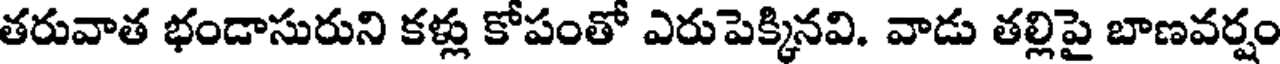
తరువాత భండాసురుని కళ్లు కోపంతో ఎరుపెక్కినవి. వాడు తల్లిపై బాణవర్షం